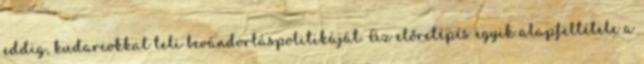
eddig, kudarcokkal teli bevándorláspolitikáját. Az előrelépés egyik alapfeltétele a